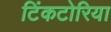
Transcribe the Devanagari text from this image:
टिंकटोरिया